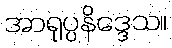
အာရုပ္ပနိဒ္ဒေသ။